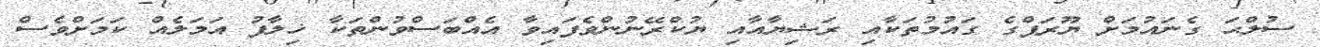
ސުލްޙަ ގެނައުމަށް ޔޫރަޕްގެ ގައުމުތަކާއި ރަޝިޔާއާއި ޔުކްރޭނުންވެފައިވާ އެއްބަސްވުންތަކާ ޚިލާފު އަމަލެއް ކަމަށްވެސް